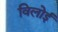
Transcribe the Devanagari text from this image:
विलोई